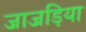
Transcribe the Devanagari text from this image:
जाजड़िया